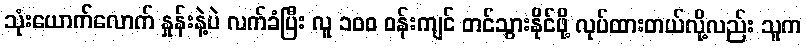
သုံးယောက်လောက် နှုန်းနဲ့ပဲ လက်ခံပြီး လူ ၁၀၀ ဝန်းကျင် တင်သွားနိုင်ဖို့ လုပ်ထားတယ်လို့လည်း သူက